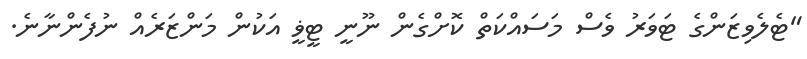
"ޓެލެވިޒަންގެ ޓަވަރު ވެސް މަސައްކަތް ކޮށްގެން ނޫނީ ޓީޥީ އަކުން މަންޒަރެއް ނުފެންނާނެ.